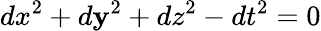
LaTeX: dx^{2}+d\mathbf{y}^{2}+dz^{2}-dt^{2}=0